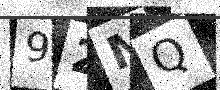
Text: 92MQ